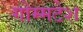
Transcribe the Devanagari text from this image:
गोम्मटेश